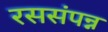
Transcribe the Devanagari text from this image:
रससंपन्न